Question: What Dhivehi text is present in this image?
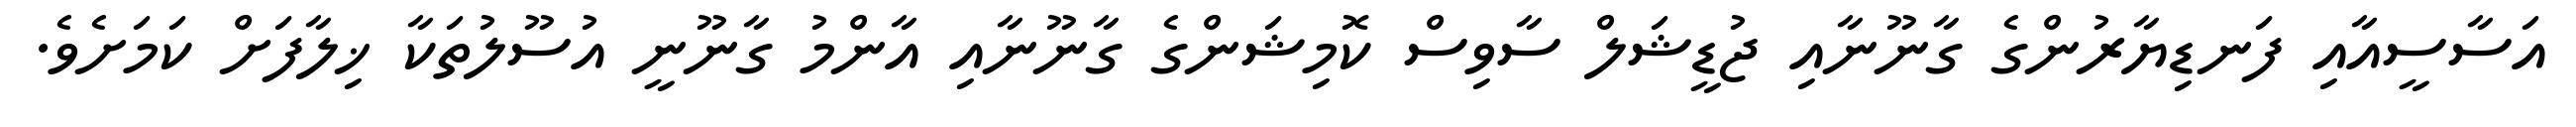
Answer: އަސާސީއާއި ފަނޑިޔާރުންގެ ގާނޫނާއި ޖުޑީޝަލް ސާވިސް ކޮމިޝަންގެ ގާނޫނާއި އާންމު ގާނޫނީ އުސޫލުތަކާ ޚިލާފަށް ކަމަށެވެ.